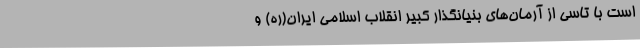
است با تاسی از آرمان‌های بنیانگذار کبیر انقلاب اسلامی ایران(ره) و